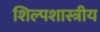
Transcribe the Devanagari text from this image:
शिल्पशास्त्रीय